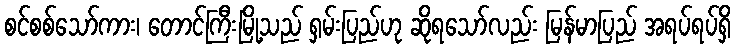
စင်စစ်သော်ကား၊ တောင်ကြီးမြို့သည် ရှမ်းပြည်ဟု ဆိုရသော်လည်း မြန်မာပြည် အရပ်ရပ်ရှိ